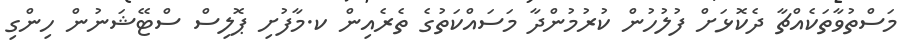
މަސްތުވާތަކެއްޗާ ދެކޮޅަށް ފުލުހުން ކުރުމުންދާ މަސައްކަތުގެ ތެރެއިން ކ.މާފުށި ޕޮލިސް ސްޓޭޝަނުން ހިންގި